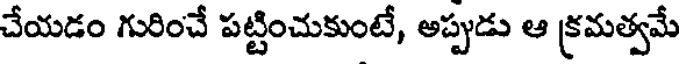
చేయడం గురించే పట్టించుకుంటే, అప్పుడు ఆ క్రమత్వమే